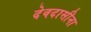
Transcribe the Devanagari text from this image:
देवदासीना